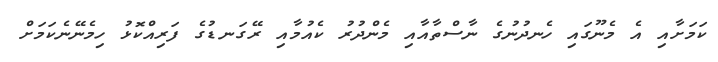
ކަމަށާއި އެ މެނޫގައި ހެނދުނުގެ ނާސްތާއާއި މެންދުރު ކެއުމާއި ރޭގަނޑުގެ ފަރިއްކޮޅު ހިމެނޭނެކަމަށް